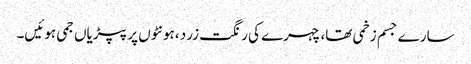
سارے جسم زخمی تھا، چہرے کی رنگت زرد ،ہونٹوں پر پپڑیاں جمی ہوئیں۔